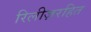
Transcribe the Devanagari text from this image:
रिलीज़रहित